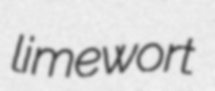
limewort